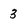
Character: 3